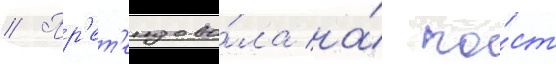
// Пр'ет'ендова́ла на́ по́ст